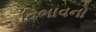
વિભાવનો